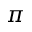
\pi